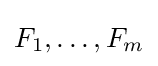
F_{1},\dots ,F_{m}